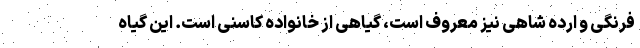
فرنگی و ارده شاهی نیز معروف است، گیاهی از خانواده کاسنی است. این گیاه